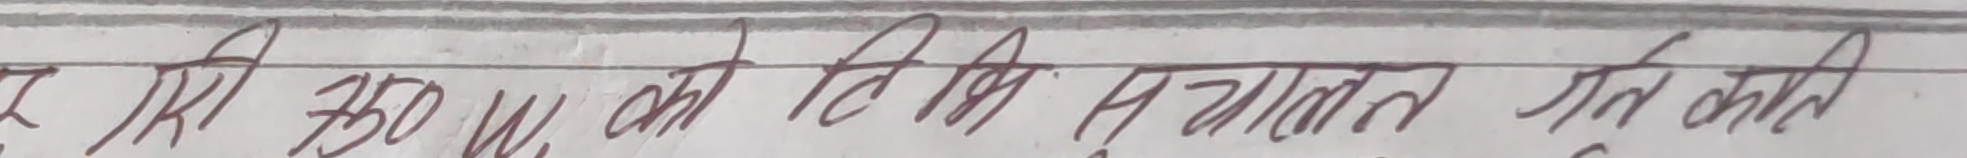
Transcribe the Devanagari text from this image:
एक गिरी 350 W का टी.वी. से चालित करती